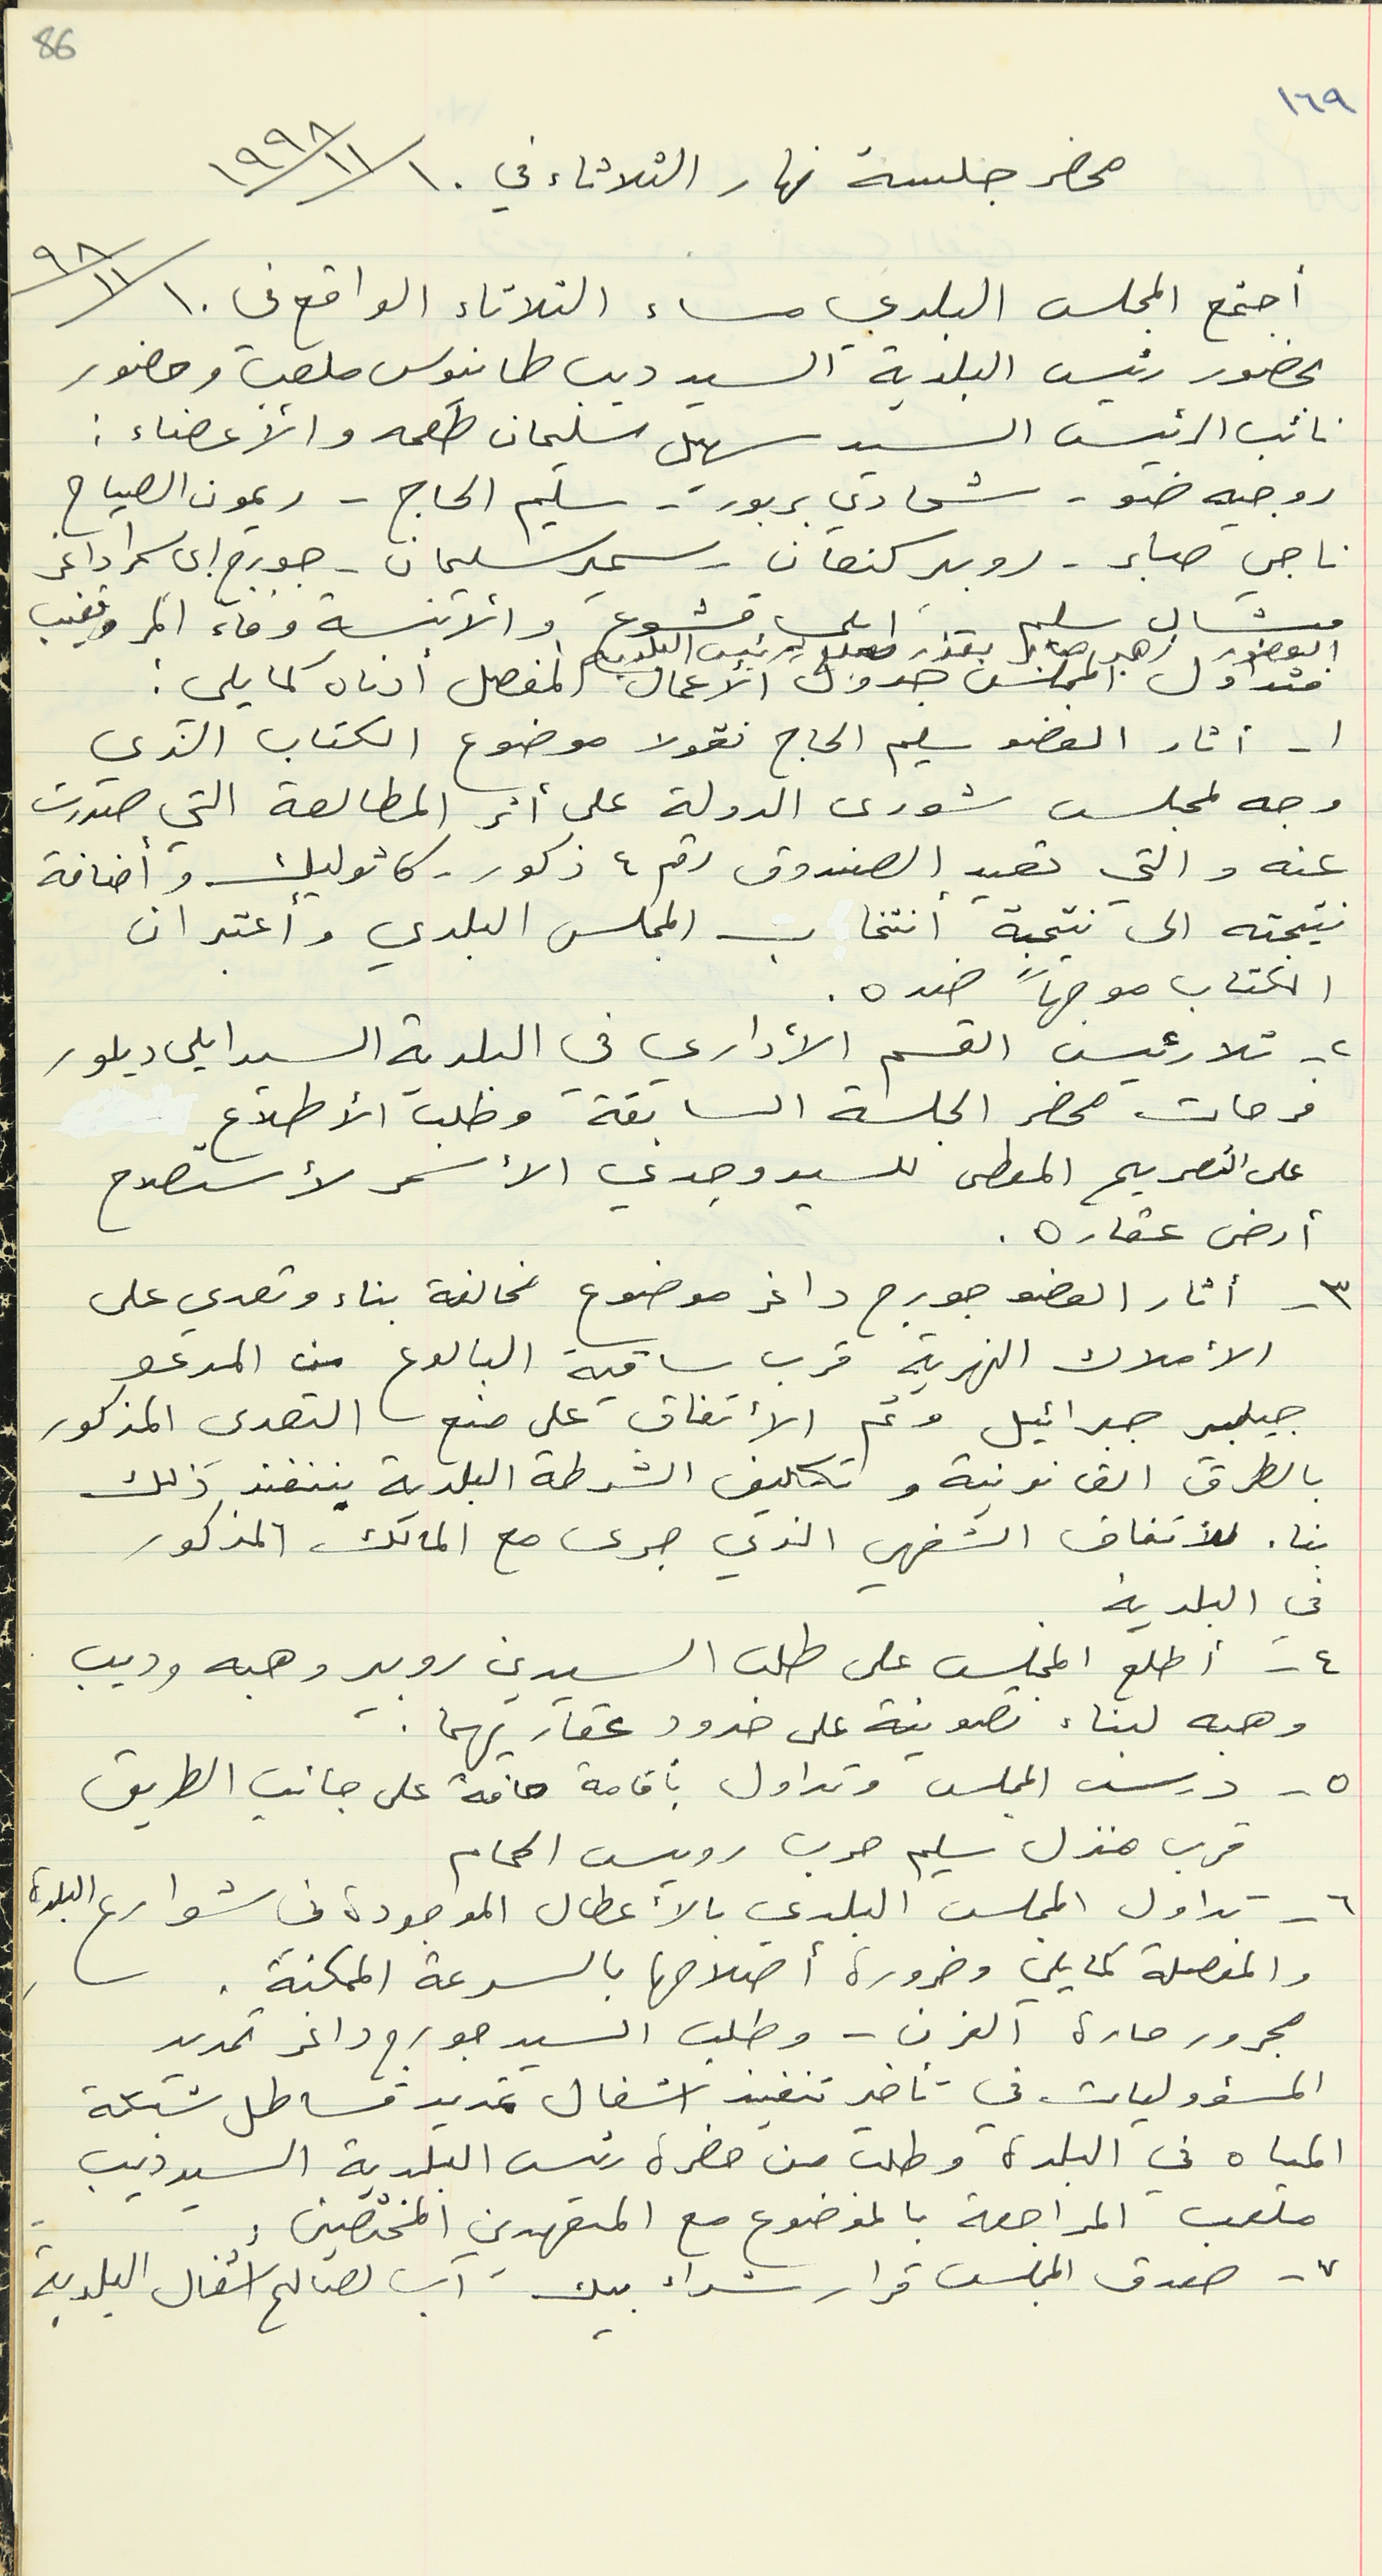
١٦٩
محضر جلسة نهار الثلاثاء في  ١٩٩٨/١١/١٠
اجتمع المجلس البلدي مساء الثلاثاء الواقع في  ٩٨/١١/١٠
بحضور رئيس البلدية السيد ديب طانيوس ملعب وحضور
نائب الرئيس السيد سهيل سليمان طعمه والأعضاء :
روجيه ضو - شحادي بربور - سليم الحاج - ريمون الصياح
ناجي صابر - روبير كنعان - سمير سليمان - جورج ابي سمرا داغر
ميشال سليم - ايلي قشوع والآنسة وفاء المر وتغيب
 ١ - أثار العضو سليم الحاج نقولا موضوع الكتاب الذي
وجه لمجلس شورى الدولة على أثر المطالعة التي صدرت
عنه والتي تعيد الصندوق رقم ٤ ذكور - كاثوليك وأضافة
نتيجته الى نتيجة أنتخاب المجلس البلدي وأعتبر ان
الكتاب موجهاً ضده.
 ٢ - تلا رئيس القسم الأداري في البلدية السيد ايلى ديلور
 فرحات محضر الجلسة السابقة وطلب الأطلاع
على التصريح المعطى للسيد وجدي الأسمر لأستصلاح
أرض عقاره.
 ٣ - أثار العضو جورج داغر موضوع مخالفة بناء وتعدي على
الأملاك النهرية قرب ساقية البالوع من المدعو
جيلبير جبرائيل وتم الأتفاق على منع  التصدي المذكور
بالطرق القانونية وتكليف الشرطة البلدية بننفىذ ذلك
بناء للأتفاق الشفهي الذي جرى مع المالك المذكور
في البلدية .
٤ - أطلع المجلس على طلب السيدين روبير وهبه وديب
وهبه لبناء تصوينة على حدود عقاريهما.
٥ - درس المجلس وتداول بأقامة حافة على جانب الطريق
قرب منزل سليم حرب رويس الحمام
 ٦ - تداول المجلس البلدي بالأعطال الموجودة في شوارع البلدة
والمفصلة كما يلي وضرورة أصلاحها بالسرعة الممكنة.

مجرور حارة الفرن – وطلب السيد جورج داغر تحديد
المسؤوليات في تأخير تنفيذ اشغال تمديد قساطل شبكة
المياه في البلدة وطلب من حضرة رئيس البلدية السيد ديب
ملعب المراجعة بالموضوع مع المتعهدين المختصين
٧ - صدق المجلس قرار شراء بيك آب لصالح اشغال البلدية
86
العضو زهير صابر بعذر مبلغ لرئيس البلدية
فتداول المجلس جدول الأعمال المفصل أدناه كما يلي :